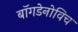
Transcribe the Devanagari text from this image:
बॉगडेनोविच